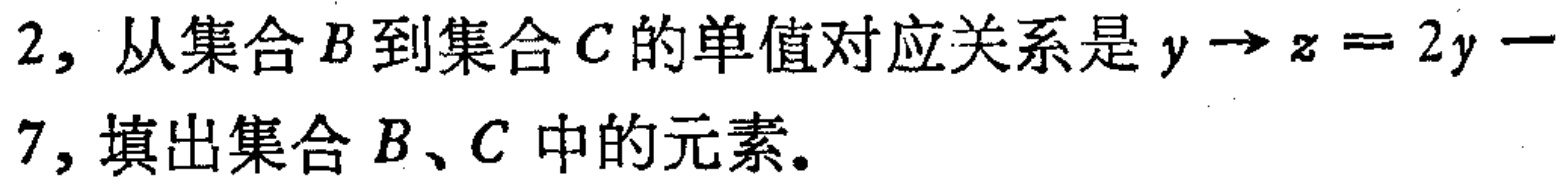
2, 从集合\(B\)到集合\(C\)的单值对应关系是\(y\rightarrow z = 2y - 7\), 填出集合\(B\)、\(C\)中的元素。